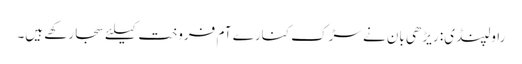
راولپنڈی: ریڑھی بان نے سڑک کنارے آم فروخت کیلئے سجارکھے ہیں۔